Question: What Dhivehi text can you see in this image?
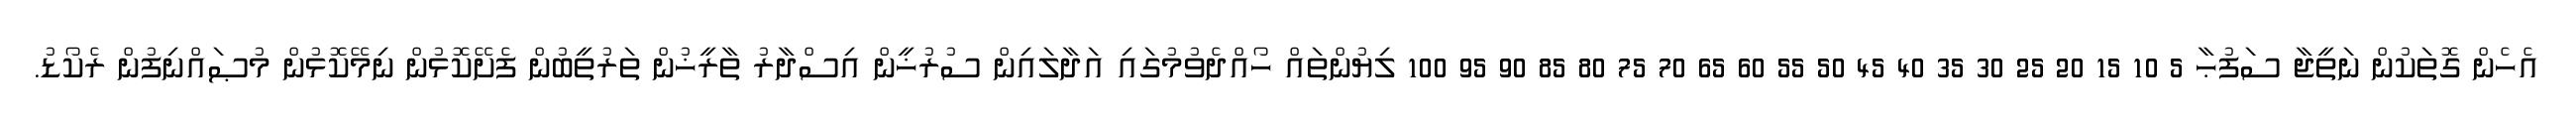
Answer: އެހެން ގޮތަކުން ނަތީޖާ ސަފުޙާ 5 10 15 20 25 30 35 40 45 50 55 60 65 70 75 80 85 90 95 100 ލިޔުންތައް ހޯއްދެވުމުގައި އަދާލައިން ސުރުޚީން އިސްދާރު ތާރީޚުން ތަރުތީބުން ފެށޭކޮޅުން ނިމޭކޮޅުން މުޞައްނިފުން ރެކޯޑު.